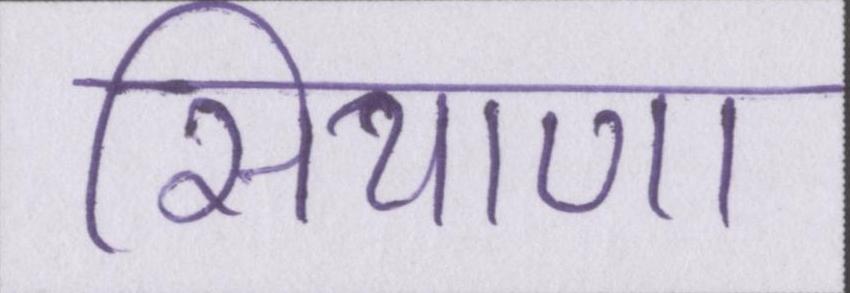
सियाणा